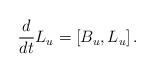
LaTeX: \begin{align*}\frac{d}{dt} L_u = [B_u, L_u]\,.\end{align*}